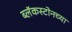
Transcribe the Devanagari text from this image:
ब्लॅकस्टोनच्या